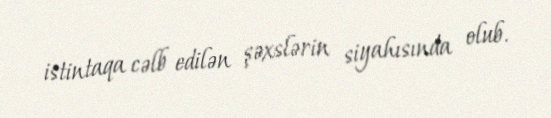
istintaqa cəlb edilən şəxslərin siyahısında olub.